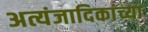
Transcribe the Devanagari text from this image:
अत्यंजादिकांच्या